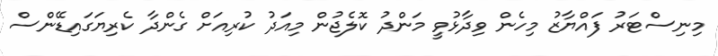
މިނިސްޓަރު ފައްޔާޒު މިހެން ވިދާޅުވީ މަންދު ކޮލެޖުން މިއަދު ކުރިއަށް ގެންދާ ކެރިޔަގައިޑޭންސް